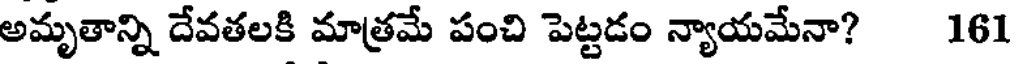
అమృతాన్ని దేవతలకి మాత్రమే పంచి పెట్టడం న్యాయమేనా? 161